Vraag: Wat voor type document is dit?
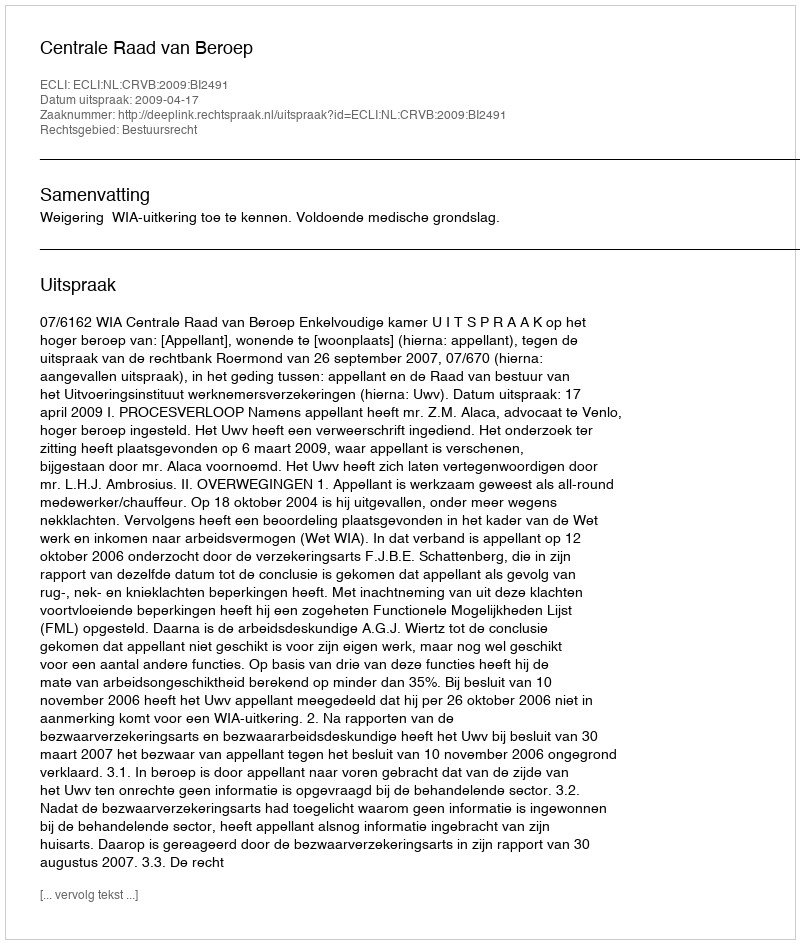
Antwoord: Uitspraak